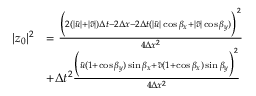
\begin{array} { r l } { | z _ { 0 } | ^ { 2 } } & { = \frac { \Big ( 2 ( | \bar { u } | + | \bar { v } | ) \Delta t - 2 \Delta x - 2 \Delta t ( | \bar { u } | \cos \beta _ { x } + | \bar { v } | \cos \beta _ { y } ) \Big ) ^ { 2 } } { 4 \Delta x ^ { 2 } } } \\ & { + \Delta t ^ { 2 } \frac { \Big ( \bar { u } ( 1 + \cos \beta _ { y } ) \sin \beta _ { x } + \bar { v } ( 1 + \cos \beta _ { x } ) \sin \beta _ { y } \Big ) ^ { 2 } } { 4 \Delta x ^ { 2 } } } \end{array}